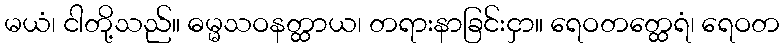
မယံ၊ ငါတို့သည်။ ဓမ္မသဝနတ္ထာယ၊ တရားနာခြင်းငှာ။ ရေဝတတ္ထေရံ၊ ရေဝတ